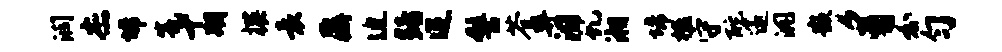
润杰埽瓮十期撰袁鼐迫黯迢髻苍弊汨虬湘埽楹守酡邃洞嵌豸分匀